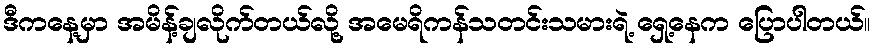
ဒီကနေ့မှာ အမိန့်ချလိုက်တယ်လို့ အမေရိကန်သတင်းသမားရဲ့ ရှေ့နေက ပြောပါတယ်။